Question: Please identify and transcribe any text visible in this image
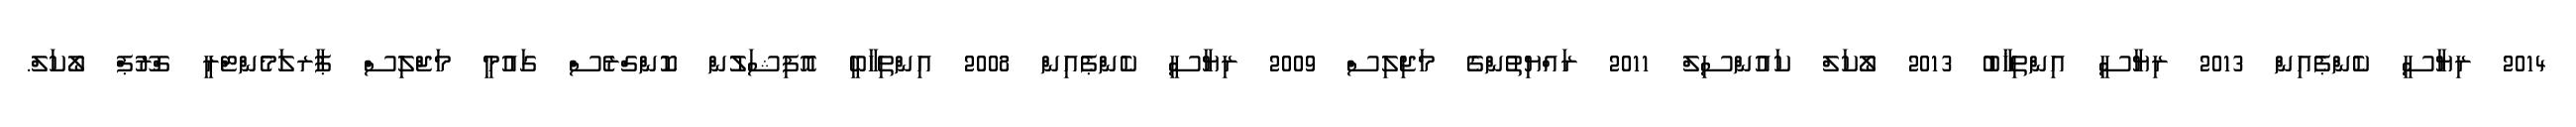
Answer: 2014 ރިޔާސީ ކެންޕެއިން 2013 ރިޔާސީ އިންތިޚާބު 2013 ލޯކަލް ކައުންސިލް 2011 ރައްޔިތުންގެ މަޖިލިސް 2009 ރިޔާސީ ކެންޕެއިން 2008 އިންތިހާބީ އޮފިޝަލުން ކޮންގްރެސް ގައުމީ މަޖްލިސް ޕާރލަމެންޓްރީ ގްރޫޕް ލޯކަލް.